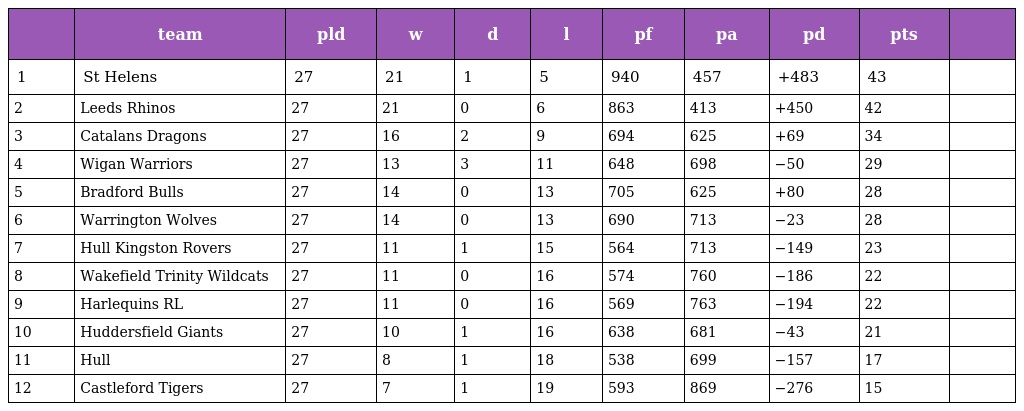
|  | team | pld | w | d | l | pf | pa | pd | pts |  |
 | --- | --- | --- | --- | --- | --- | --- | --- | --- | --- | --- |
 | 1 | St Helens | 27 | 21 | 1 | 5 | 940 | 457 | +483 | 43 |  |
 | 2 | Leeds Rhinos | 27 | 21 | 0 | 6 | 863 | 413 | +450 | 42 |  |
 | 3 | Catalans Dragons | 27 | 16 | 2 | 9 | 694 | 625 | +69 | 34 |  |
 | 4 | Wigan Warriors | 27 | 13 | 3 | 11 | 648 | 698 | −50 | 29 |  |
 | 5 | Bradford Bulls | 27 | 14 | 0 | 13 | 705 | 625 | +80 | 28 |  |
 | 6 | Warrington Wolves | 27 | 14 | 0 | 13 | 690 | 713 | −23 | 28 |  |
 | 7 | Hull Kingston Rovers | 27 | 11 | 1 | 15 | 564 | 713 | −149 | 23 |  |
 | 8 | Wakefield Trinity Wildcats | 27 | 11 | 0 | 16 | 574 | 760 | −186 | 22 |  |
 | 9 | Harlequins RL | 27 | 11 | 0 | 16 | 569 | 763 | −194 | 22 |  |
 | 10 | Huddersfield Giants | 27 | 10 | 1 | 16 | 638 | 681 | −43 | 21 |  |
 | 11 | Hull | 27 | 8 | 1 | 18 | 538 | 699 | −157 | 17 |  |
 | 12 | Castleford Tigers | 27 | 7 | 1 | 19 | 593 | 869 | −276 | 15 |  |